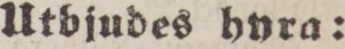
Utbjudes hyra: